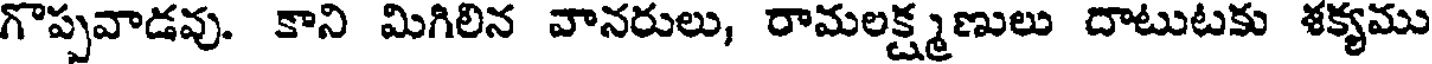
గొప్పవాడవు. కాని మిగిలిన వానరులు, రామలక్ష్మణులు దాటుటకు శక్యము